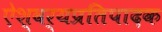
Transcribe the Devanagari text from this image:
ऐश्वर्यप्रतिपादक